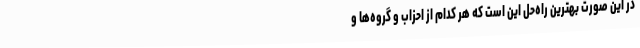
در این صورت بهترین راه‌حل این است که هر کدام از احزاب و گروه‌ها و